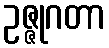
ဥဇ္ဇုဂတာ